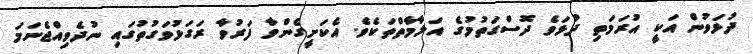
ދުޅަވުން އަކީ އުރަމަތި ދުޅަވެ ދޮސްގަތުމުގެ އަލާމާތްތަކެވެ. އެކަށީގެންވާ ފަރުވާ ރަގަޅުވަގުތުގައި ނުދެވިއްޖެނަމަ